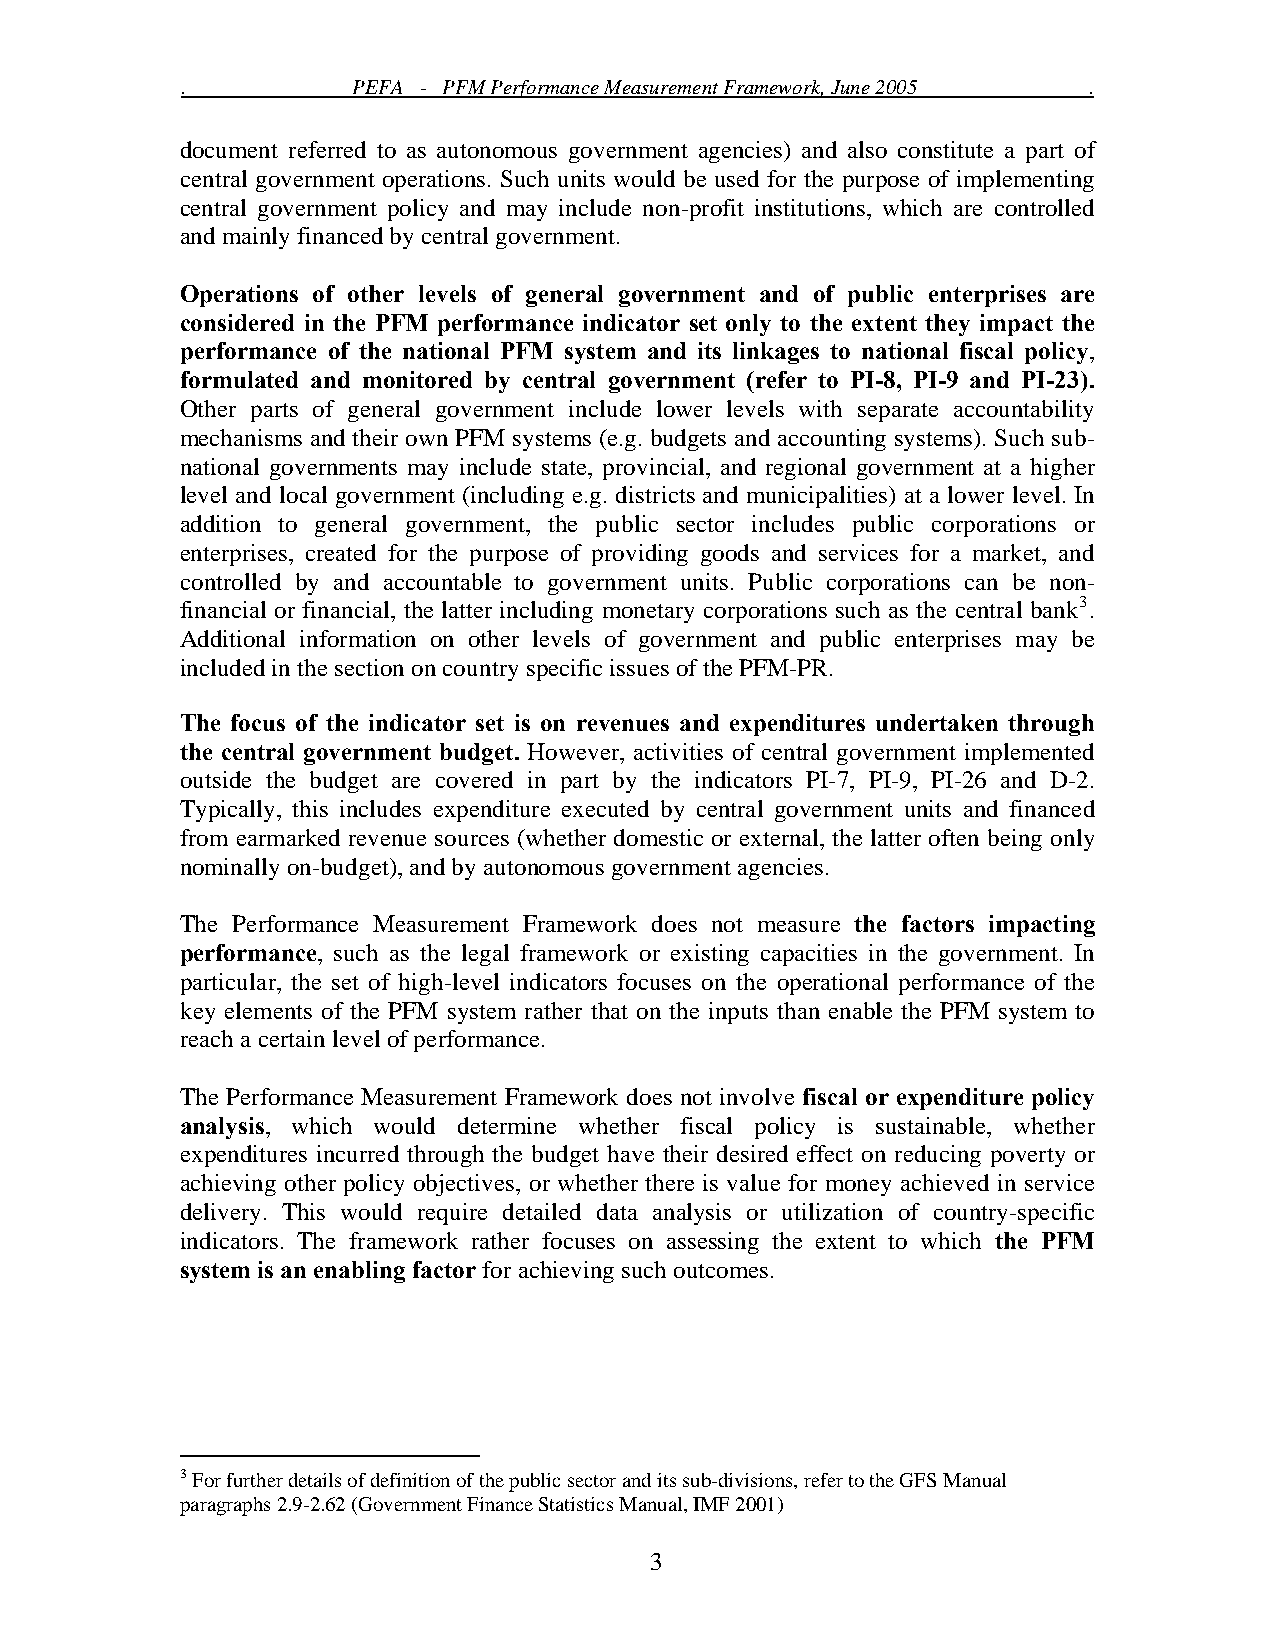
.          PEFA - PFM Performance Measurement Framework, June 2005 .
 document referred to as autonomous government agencies) and also constitute a part of
 central government operations. Such units would be used for the purpose of implementing
 central government policy and may include non-profit institutions, which are controlled
 and mainly financed by central government.
 Operations of other levels of general government and of public enterprises are
 considered in the PFM performance indicator set only to the extent they impact the
 performance of the national PFM system and its linkages to national fiscal policy,
 formulated and monitored by central government (refer to PI-8, PI-9 and PI-23).
 Other parts of general government include lower levels with separate accountability
 mechanisms and their own PFM systems (e.g. budgets and accounting systems). Such sub-
 national governments may include state, provincial, and regional government at a higher
 level and local government (including e.g. districts and municipalities) at a lower level. In
 addition to general government, the public sector includes public corporations or
 enterprises, created for the purpose of providing goods and services for a market, and
 controlled by and accountable to government units. Public corporations can be non-
 financial or financial, the latter including monetary corporations such as the central bank3.
 Additional information on other levels of government and public enterprises may be
 included in the section on country specific issues of the PFM-PR.
 The focus of the indicator set is on revenues and expenditures undertaken through
 the central government budget. However, activities of central government implemented
 outside the budget are covered in part by the indicators PI-7, PI-9, PI-26 and D-2.
 Typically, this includes expenditure executed by central government units and financed
 from earmarked revenue sources (whether domestic or external, the latter often being only
 nominally on-budget), and by autonomous government agencies.
 The Performance Measurement Framework does not measure the factors impacting
 performance, such as the legal framework or existing capacities in the government. In
 particular, the set of high-level indicators focuses on the operational performance of the
 key elements of the PFM system rather that on the inputs than enable the PFM system to
 reach a certain level of performance.
 The Performance Measurement Framework does not involve fiscal or expenditure policy
 analysis, which would determine whether fiscal policy is sustainable, whether
 expenditures incurred through the budget have their desired effect on reducing poverty or
 achieving other policy objectives, or whether there is value for money achieved in service
 delivery. This would require detailed data analysis or utilization of country-specific
 indicators. The framework rather focuses on assessing the extent to which the PFM
 system is an enabling factor for achieving such outcomes.
 3 For further details of definition of the public sector and its sub-divisions, refer to the GFS Manual
 paragraphs 2.9-2.62 (Government Finance Statistics Manual, IMF 2001)
 3